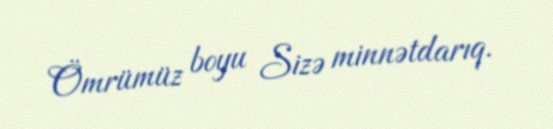
Ömrümüz boyu Sizə minnətdarıq.